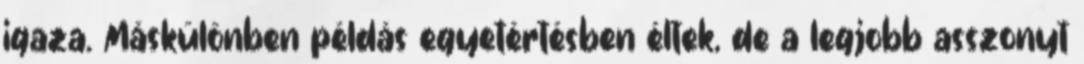
igaza. Máskülönben példás egyetértésben éltek, de a legjobb asszonyt